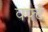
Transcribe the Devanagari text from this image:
वर्फ्ट